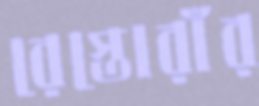
রেস্তোরাঁর